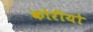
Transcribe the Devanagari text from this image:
कोरीयो